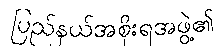
ပြည်နယ်အစိုးရအဖွဲ့၏